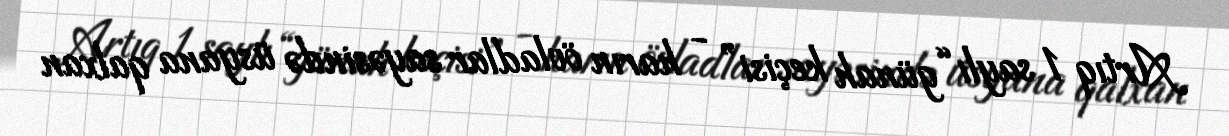
Artıq 1 saylı “günah keçisi” - harın övladlar sayəsində üsyana qalxan